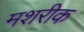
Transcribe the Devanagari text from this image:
मशरीक